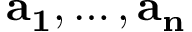
\mathbf { a _ { 1 } } , \ldots , \mathbf { a _ { n } }